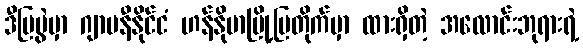
ဒီပြပွဲမှာ ဂျာမနီနိုင်ငံ ဟန်နိုဗာမြို့ပြတိုက်မှာ ထားရှိတဲ့ အလောင်းဘုရားရဲ့